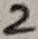
Text: 2